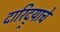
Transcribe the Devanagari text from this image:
दारिद्र्याचे